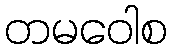
တမဝေါစ